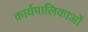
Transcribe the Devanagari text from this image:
कार्यपालिकाओं